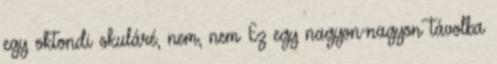
egy oktondi okuláré, nem, nem Ez egy nagyon-nagyon távolba